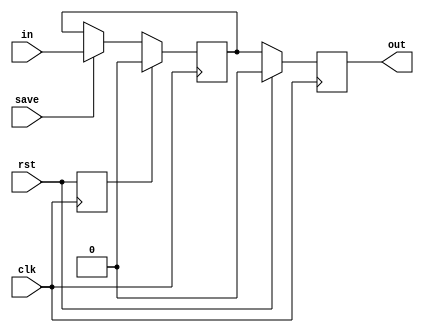
module TC_BitMemory (clk, rst, save, in, out);
    parameter UUID = 0;
    parameter NAME = "";
    input clk;
    input rst;
    input save;
    input [0:0] in;
    output reg [0:0] out;

    reg [0:0] value;
    reg reset;
    
    initial begin
        out = 1'b0;
        value = 1'b0;
    end
    
    always @ (posedge clk) begin
        if (rst)
        out <= 1'b0;
        else
        out <= value;
        reset <= rst;
    end
    always @ (negedge clk) begin
        if (reset)
        value <= 1'b0;
        else if (save)
        value <= in;
    end
endmodule